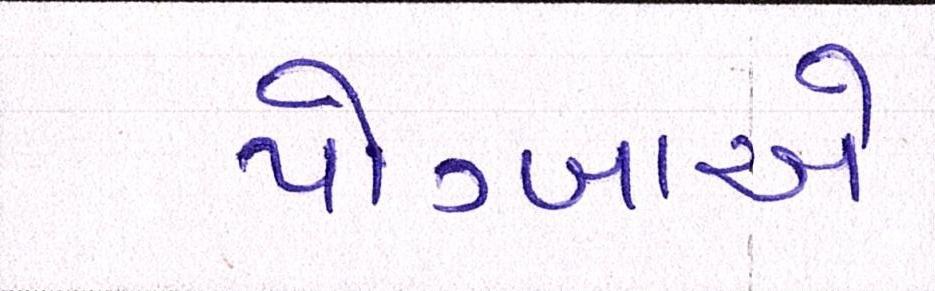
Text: પોગ્બાએ